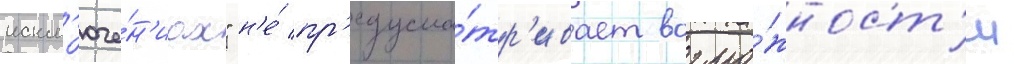
искл'юче́н'иах" н'е́ пр'едусма́тр'ивает возмо́жност'и